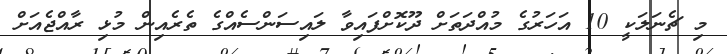
މި ޗެނަލަކީ 10 އަހަރުގެ މުއްދަތަށް ދޫކޮށްފައިވާ ލައިސަންސެއްގެ ތެރެއިން މުޅި ރާއްޖެއަށް